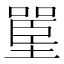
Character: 𰊪